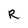
Character: R